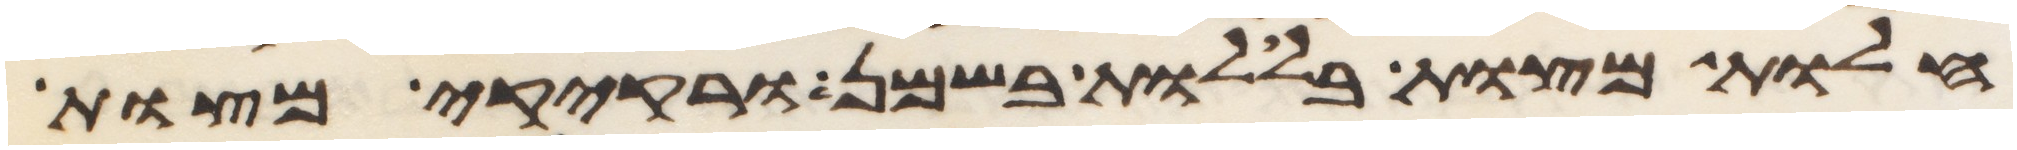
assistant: חלות מצות בללות בשמן ורקיקי מצות